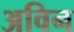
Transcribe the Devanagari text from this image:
अविन